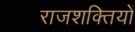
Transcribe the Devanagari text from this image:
राजशक्तियों